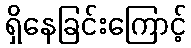
ရှိနေခြင်းကြောင့်